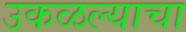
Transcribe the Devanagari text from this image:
उकळल्याचा